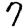
Digit: 7